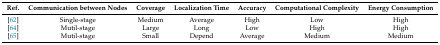
<table><thead><tr><td><b>Ref.</b></td><td><b>Communication between Nodes</b></td><td><b>Coverage</b></td><td><b>Localization Time</b></td><td><b>Accuracy</b></td><td><b>Computational Complexity</b></td><td><b>Energy Consumption</b></td></tr></thead><tbody><tr><td>[62]</td><td>Single-stage</td><td>Medium</td><td>Average</td><td>High</td><td>Low</td><td>High</td></tr><tr><td>[64]</td><td>Mutil-stage</td><td>Large</td><td>Long</td><td>Low</td><td>High</td><td>High</td></tr><tr><td>[65]</td><td>Mutil-stage</td><td>Small</td><td>Depend</td><td>Average</td><td>Medium</td><td>Medium</td></tr></tbody></table>